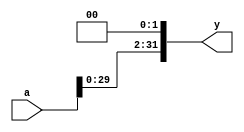
`timescale 1ns / 1ps


module sl2(
	input wire[31:0] a,
	output wire[31:0] y
    );

	assign y = {a[29:0],2'b00};
endmodule